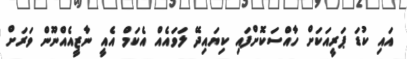
އައި ކުޑަ ޕަރީއަކަށް ހާއްސަކޮށްފައި ކިޔައިދޭ ލަވައެއް އެކަމް އެއީ ނާޒީއެއްނޫން ވަރަށް